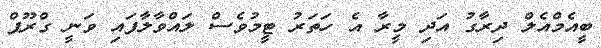
ބީއެމްއެލް ދިރާގު އަދި މީރާ އެ ހަތަރު ޓީމުވެސް ލައްވާލާފައި ވަނީ ގްރޫޕް